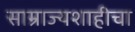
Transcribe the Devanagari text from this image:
साम्राज्यशाहीचा